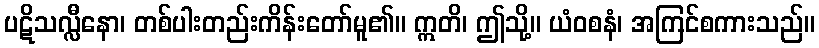
ပဋိသလ္လီနော၊ တစ်ပါးတည်းကိန်းတော်မူ၏။ ဣတိ၊ ဤသို့။ ယံဝစနံ၊ အကြင်စကားသည်။